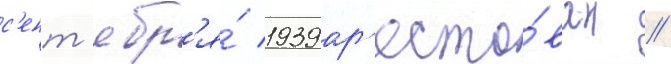
с'ент'ябр'я́ 1939 ар'есто́ван /